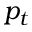
p _ { t }